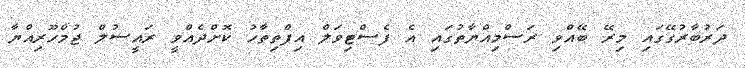
ދަރުބާރުގޭގައި މިރޭ ބޭއްވި ރަސްމިއްޔާތުގައި އެ ފެސްޓިވަލް އިފްތިތާހު ކޮށްދެއްވީ ރައީސުލް ޖުމްހޫރިއްޔާ